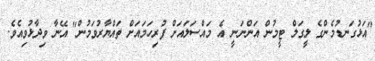
"އަޅުގަނޑުމެންގެ ލީގަލް ޓީމުން އަންނަނީ އެ މައްސަލައަށް ފުރިހަމައަށް ތައްޔާރުވަމުން" އޭނާ ވިދާޅުވިއެވެ.